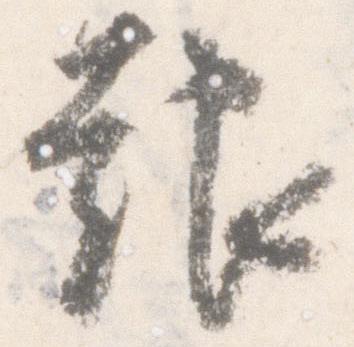
報